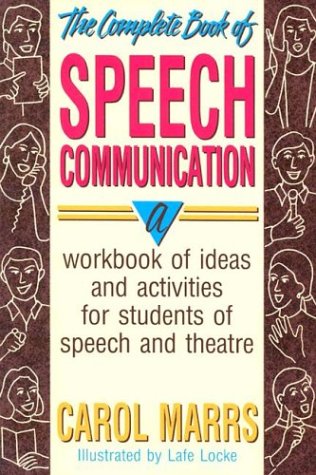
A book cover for The Complete Book of Speech Communication: A Workbook of Ideas and Activities for Students of Speech and Theatre; Carol Marrs; Reference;